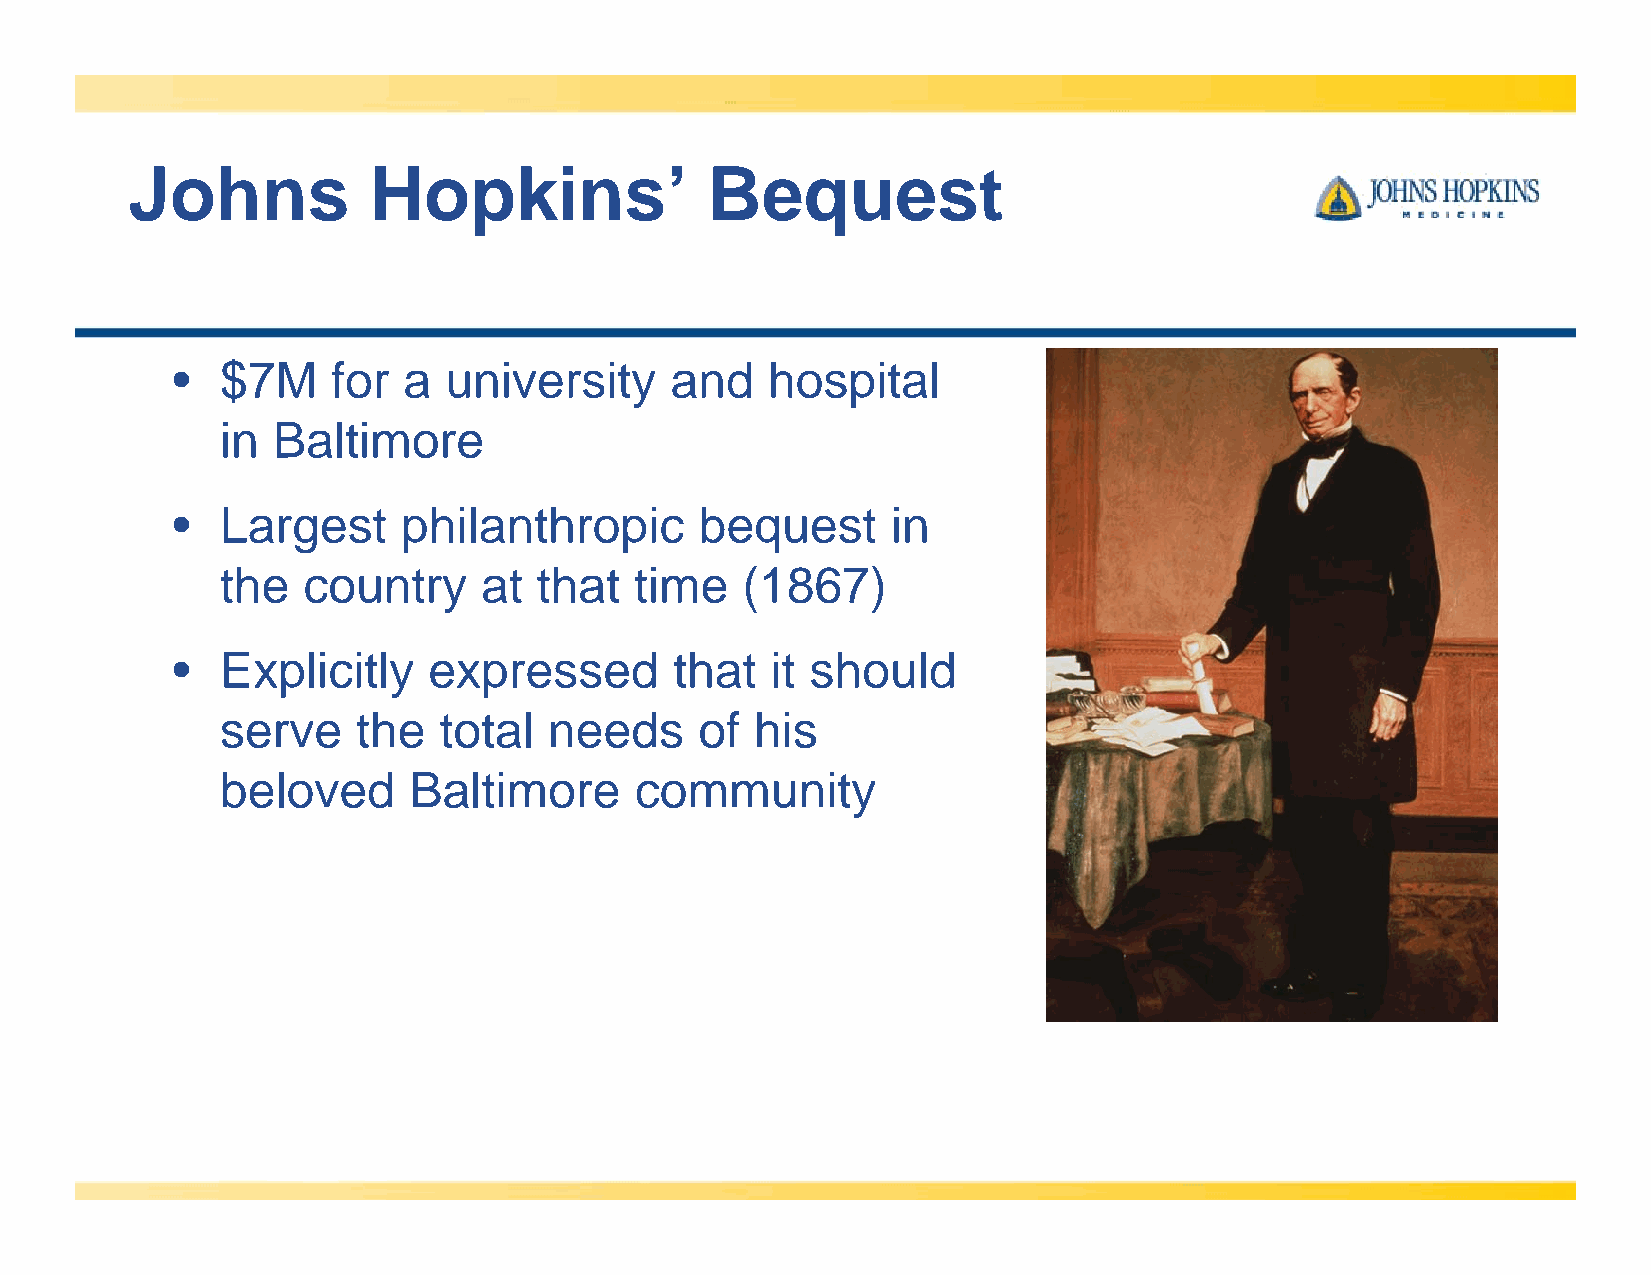
Johns           Hopkins’               Bequest
 •   $7M    for  a university     and    hospital
 in Baltimore
 •   Largest     philanthropic      bequest      in
 the  country     at  that  time   (1867)
 •   Explicitly   expressed        that  it should
 serve    the  total  needs     of  his
 beloved     Baltimore      community